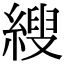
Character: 𦃈